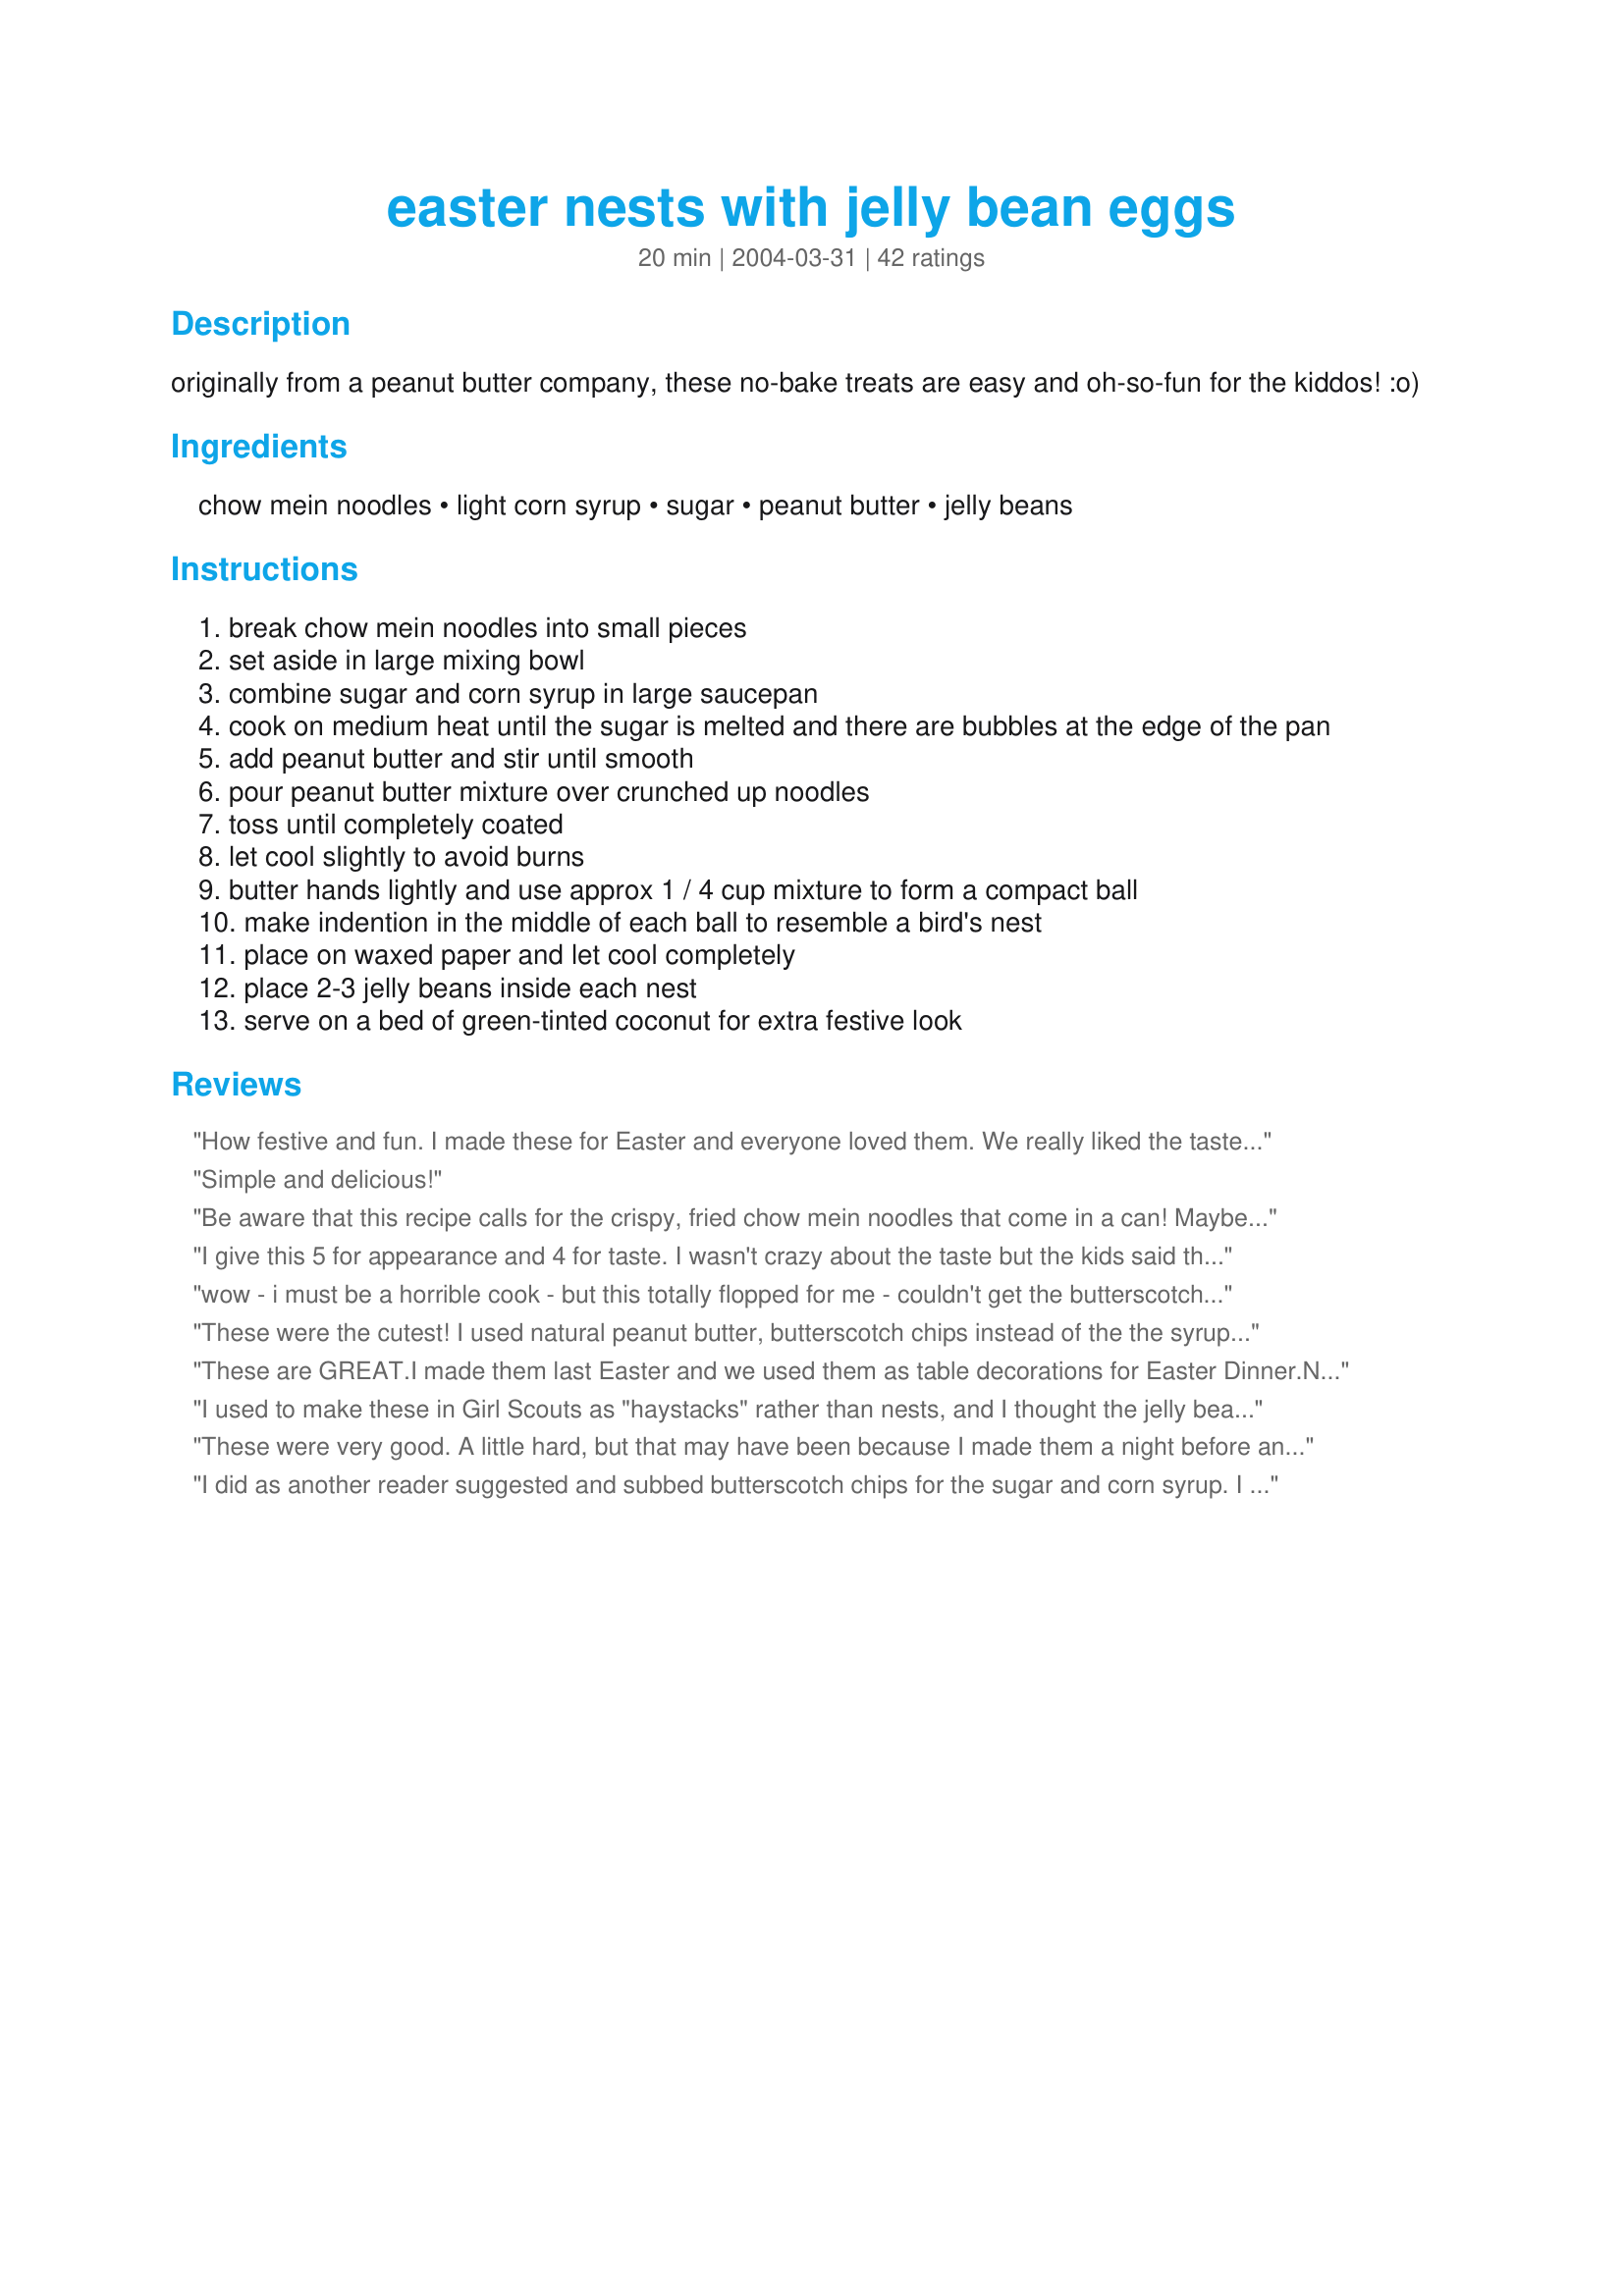
easter nests with jelly bean eggs
Preparation time: 20 minutes

originally from a peanut butter company, these no-bake treats are easy and oh-so-fun for the kiddos! :o)

Ingredients:
chow mein noodles, light corn syrup, sugar, peanut butter, jelly beans

Steps:
break chow mein noodles into small pieces
set aside in large mixing bowl
combine sugar and corn syrup in large saucepan
cook on medium heat until the sugar is melted and there are bubbles at the edge of the pan
add peanut butter and stir until smooth
pour peanut butter mixture over crunched up noodles
toss until completely coated
let cool slightly to avoid burns
butter hands lightly and use approx 1 / 4 cup mixture to form a compact ball
make indention in the middle of each ball to resemble a bird's nest
place on waxed paper and let cool completely
place 2-3 jelly beans inside each nest
serve on a bed of green-tinted coconut for extra festive look

Reviews:
How festive and fun. I made these for Easter and everyone loved them. We really liked the taste of the "nests". However the next day they were very hard and difficult to eat, not that that stopped us....lol. Otherwise this is so cute and easy to make that I will put this on my Easter menu each year....thank you for a new tradition.....Stephanie
Simple and delicious!
Be aware that this recipe calls for the crispy, fried chow mein noodles that come in a can! Maybe I'm the only one who made this mistake, but the recipe didn't specify what kind of chow mein noodles to use, and other reviews said the treats were crunchy, so I bought regular chow mein noodles, the uncooked long ones. I thought that maybe they'd soften up once they were mixed with the peanut butter mixture. They came out so hard and crunchy that they were really hard to eat! So I googled what chow mein noodles are most popular, and the crispy, fried noodles came up! Apparently on the west coast these noodles are called "Hong Kong Style" and on the east coast they're called "chow mein". Out west there are long noodles that you steam or boil that are called chow mein, I guess they're "lo mein" in the east. The recipe should specify what noodles to use. I'll be trying these again with the right noodles! I used butterscotch and the flavor was very good at least.
I give this 5 for appearance and 4 for taste. I wasn't crazy about the taste but the kids said they were pretty good, must be a kid thing I guess. They looked so pretty. I did add a splash of vanilla to them. I used Jolly Rancher jelly beans. I scaled the recipe to 1 1/2 doz. which then calls for 6 cups of chowmein noodles which equals 1 whole 12 oz bag. Would make for the kids again at Easter.
wow - i must be a horrible cook - but this totally flopped for me - couldn't get the butterscotch chips to melt right - then couldn't get the mixture sticky enough to stick together with the noodles...i tried to add more sugar/pbutter mixture to it and that flopped too....must be a secret here that i'm missing
These were the cutest! I used natural peanut butter, butterscotch chips instead of the the syrup and sugar and mini eggs instead of the jellybeans and they turned out fantastic and not too sweet. The mixture was to goopy to shape into balls so I formed the nests into muffin tins, which made them a little bigger than I wanted, but they were still so good.
These are GREAT.I made them last Easter and we used them as table decorations for Easter Dinner.Not only are they festive and decrative but everyone thought they were delicous as well. They disappeared quicker than dinner.I will definatley make them again next Easter.
I used to make these in Girl Scouts as "haystacks" rather than nests, and I thought the jelly bean eggs were cute. However, the ones I used to make were the butterscotch chip version (safer, maybe?) and I liked that flavor better. Perhaps if the sugar mixture were cooked longer it would be similar, but I think I will stick to the version I know. I will keep your adorable presentation, though.
These were very good. A little hard, but that may have been because I made them a night before and let them sit in the fridge over night. I made these for the kids, but all the adults ended up having them as well. I will be trying these again and letting the kids help next time. Easy, quick, look cute and tasted good.
I did as another reader suggested and subbed butterscotch chips for the sugar and corn syrup. I used a large bag of chow mein noodles which was 8 cups. I used an entire bag of butterscotch chips and melted them with the peanut butter! These are so cute and absolutely taste wonderful! One of these does go a long way! Thank you for an new Easter tradition winkki!
These were so simple and so much fun to make
I just finished making these treats, they are so cute and a hit with the adults. I scaled it to 1.5 times like another reviewer. I also crunched up the noodles finer and got 36 nests, of the smaller more kid sized type. I used the gourmet jelly beans, because all the kids are into the sour ones. We will see their faces in the morning as the Easter bunny is bringing them to all the neighbors kids. THANKS.
this recipe - as is - is gross. We threw the whole mess away and started again using butterscotch chips and peanut butter. The idea is so cute and we hope, now that we have the nests right, that everyone will enjoy these this Easter.
These little jewels are GREAT. Note to self: It makes more than 12 ;)
Adorable! When I have time I'll be sure to make these and give the recipe a review.
These are super cute but I don't think they have much taste to them. Very festive though, if I had kids, this would definitely be the treat to make.
I changed the serving size to use an entire bag of noodles. This recipe made over 2 dozen nests for me. The mixture was kinda goopy too. Not sure what happened but I had to add more noodles to make them stay together. I still think they are going to be pretty cute. As far as the taste, not that great, but the look makes up for it!
What a fun Easter treat! I'm a huge fan of peanut butter and loved the flavor, but they are pretty sweet so next time I will probably try to make them a bit smaller. Thanks for posting this cute, festive recipe!
Made these for my kids Easter baskets. Used jelly belly brand,ice cream flavored eggs. They were so cute. The eggs were speckled. Kids thought they looked just like real birds nests!
These are so cute and easy to make! I made them larger so I only made 8 instead of 12. I also put a little vanilla frosting on the edge of the nest, cut a slit in the bottom of a "peep" and "glued" the bird on the side. I did not wait for the mixture to cool because it seemed to set rather fast. I don't know about the taste-didn't try-my purpose was mainly for looks at my child's preschool Easter party.
My baby boy is 5 mos. old and even though he doesn't know what I am doing this year, I wanted to start an Easter tradition with him. I found this recipe earlier today and picked up the stuff a little bit ago. The can of chow mein noodles I bought only made 2 cups so I halfed the recipe. It still made 9 they were just a tad smaller. This was soo fun...I took a picture of Aiden with them in his high chair and his Easter bib. Next time I may make it with blue malted milk ball eggs ""robin eggs" instead of jelly beans to make it look like a robin nest, that would be cute! Loved making this!!!
These are terrific! I followed the recipe exactly as written and they turned out great. A big hit with the family. Thank you for sharing this recipe.
These are great. I would actually recommend replacing the sugar and corn syrup with butterscotch chips instead. You would just heat the PB and Butterscotch on medium heat stirring constantly. Stir in the chow mein noodles and then form your nests. That way it tastes better and uses less messy ingredients
I made these with my son for Easter and I too used the butterscotch chips with them instead of the sugar and syrup and they came out really well and tasted delicious. Thanks for posting we will be making these again next year!
I really enjoyed making this however the end result was not edible. I think I boiled the mixture too long as I was distracted which made the nests rock hard afterwards. I loved the presentation however and kept it on the table. We would eat the chocolate eggs from it everyday until Easter!&lt;br/&gt;May try this again next year and not leave the kitchen!
Thank you Winky for a quick little throw together treat for a last minute Easter idea. These went together in no time and are absolutely adorable. I love the taste of the chowmein noodles which have just the perfect amount of saltiness to go along w/the sweetness of the sugary mix. These are a must repeat for every Easter!~
Very cute and fun to make with my son for Easter. However, we weren't too crazy about the taste - a little too sweet I think. Won't be making them again, but they were fun to make once and made for some cute photos as we made them.
These are a very cute idea, and they look great, but I had some problems with them. I waited for the "nests" to cool before I added the jelly beans, and they wouldn't stay in there. That was a problem because we were transporting them to work. Also, I don't think they taste very good, but that's just me. Others like them. Other than that, easy to do, and absolutely adorable!!!! Thanks
These were so cute! I used butterscotch chips rather than the sugar and corn syrup mixture. I used mini muffin tins to form the nests and let my 2 year old "help" by putting the jelly beans on top. He loved it!
Awesome! I took another reviewer's suggestion and used butterscotch chips instead of the corn syrup and sugar. And we used mini Cadbury chocolate eggs instead of jelly beans. The light blue look so cute, like little Robins' Nests! I may crunch up the noodles a bit the next time around, so that I can make the nests a bit smaller.
I made these for Easter & just came to notice that I had never reviewed this recipe. These little candies are beautiful to look at! I actually used candy-coated chocolate eggies instead of the jelly beans, as a personal preference. I measured the ingredients carefully but found the mixture to be a little scant in ratio to the noodles - which resulted in a dryer candy but they still tasted great!
Very cute and great for kids!! I changed a few things up in the recipe. I used rice krispies instead of the chow mein noodles and replaced the corn syrup with honey. In the future I think I will use the reese&#039;s pieces eggs or M &amp; M&#039;s as the &quot;eggs&quot; because it was sort of a strange combo of flavors mixing peanut butter with the jelly beans, it might have been the kind I used maybe smuckers brand would have been good, like a pb &amp; j :) I was able to get 24 &quot;nests&quot; out of one batch. Fun Easter treat!!
My daughter and I just had a great time making these! We made them a little bigger and added marshmellow Peeps and are giving them as gifts to friends. Very cute!
Easy to make and tastes good but felt the peanut butter flavor was a bit overpowering. I made them with a bag of butterscotch chips instead of the corn syrup mix and loved that flavor. Next time, I will only use 1/2 - 2/3 cup of peanut butter. Don't get nervous when you initially mix up the noodles into the peanut butter mixture and it looks runny. The nests will set quickly and be the perfect crunchy texture. I used 2 spoons to create the nests instead of my hands because it was much less messy that way. Used mini robin egg candies and placed them on a bed of edible Easter grass for an adorable presentation. This will be an Easter tradition for us from now on!
I have a recipe that is very similar to this, but less unhealthy (uses Fiber One cereal and no corn syrup). There are step by step instructions and photos on my blog: http://lambaround.blogspot.com/2011/04/worlds-cutest-easter-recipe.html
These were wonderful. They are quite tasty, a snap to make, and make a delightful presentation!! I used Tiny Toodles suggestion of substituting butterscotch chips for the sugar and corn syrup. I couldn't be more pleased with how they turned out.
Really really cute and fun to make. The one thing I did change was to use the robin eggs (mini-whopper eggs) that come speckled with fun colors. Very tasty!
I made these for my nephews for easter gifts and they turned out looking gorgeous - I followed the recipe to the letter with no problems - the only reason I did not give a 5 star rating is that I did not taste the final product as they were a gift and so cannot comment on the flavour but they certainly looked pretty and I will keep this recipes to use again in years to come - so thanks to winkki.
These were so much fun to make!! I didn't wait for the mixture to cool to make the nests. I used a big tablespoon to scoop the mixture into nest-forms on waxed paper and put the "eggs" on right away to ensure they stuck. Worked out perfect! My 3yr old enjoyed helping with these!
I substituted the chow mein noddles with bran flakes and used marshmallows and butter instead of the corn syrup and sugar...and easter eggs (the little chocolate and sponge toffee ones) instead of jelly beans but I love the idea TOTALLY CUTE!!!!
My 4 and 2 year old got the biggest kick out of making these, the only htings that I did different was using chocolate eggs. My husband thought it would be better using minature cadbury eggs instead of jelly beans so that you could eat them in one bite. They were a big hit at the Easter party and I'll be making more just to have as snacks. Thanks for posting.
I made these using the recipe above, then I made it with the butterscotch. My family loved the butterscotch chip version better. It adds alot of flavor to the noodles, the grandkids loved them either way as we were doing a test run just to see how big we could make the nests as my grandaughter wanted "Duck" eggs for a stuffed duck. Fun project to do with grandkids!
